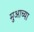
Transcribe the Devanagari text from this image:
मुआच्या